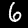
Digit: 6